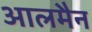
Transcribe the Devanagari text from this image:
आलमैन